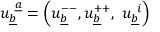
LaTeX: u _ { \underline { { b } } } ^ { ~ \underline { { a } } } = \left( u _ { \underline { { b } } } ^ { -- } , u _ { \underline { { b } } } ^ { + + } , ~ u _ { \underline { { b } } } ^ { ~ i } \right)